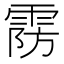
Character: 𱁚